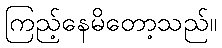
ကြည့်နေမိတော့သည်။